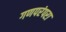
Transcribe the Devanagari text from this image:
गणपरंपरा